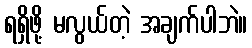
ရရှိဖို့ မလွယ်တဲ့ အချက်ပါဘဲ။